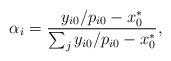
LaTeX: \begin{align*} \alpha_i =\frac{{y_{i0}}/{p_{i0}-x_0^*}}{\sum_j {y_{i0}}/{p_{i0}-x_0^*}}, \end{align*}